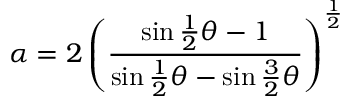
\alpha = 2 \left( \frac { \sin \frac { 1 } { 2 } \theta - 1 } { \sin \frac { 1 } { 2 } \theta - \sin \frac { 3 } { 2 } \theta } \right) ^ { \frac { 1 } { 2 } }